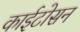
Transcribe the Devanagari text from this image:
काईटोसन